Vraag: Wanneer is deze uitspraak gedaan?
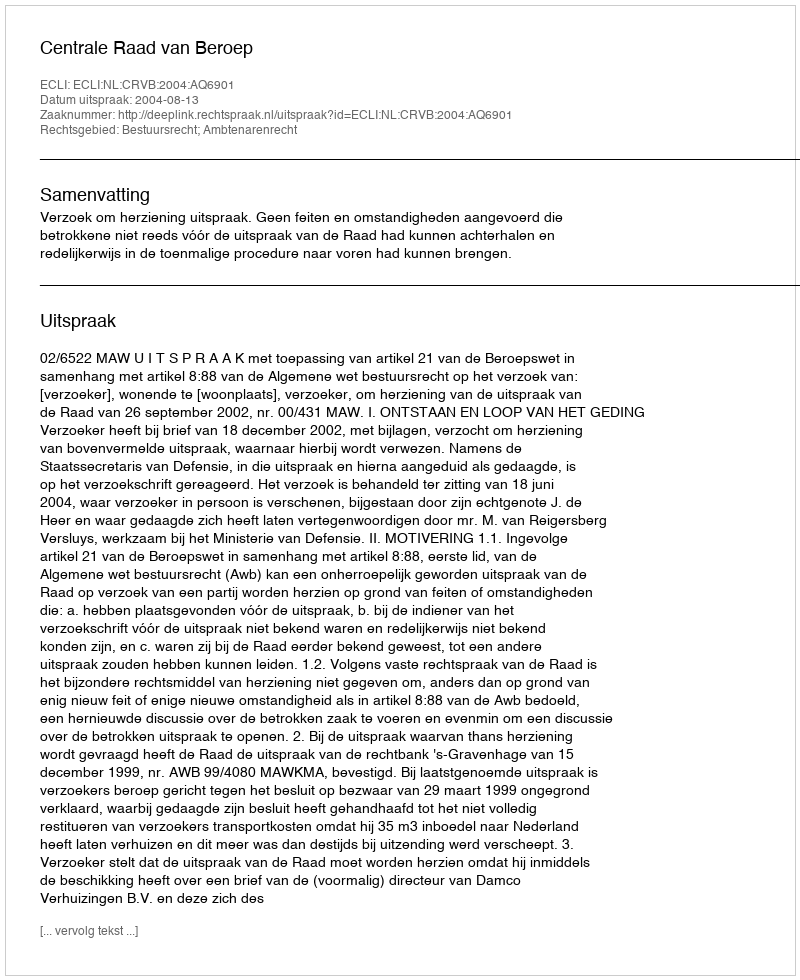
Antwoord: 2004-08-13